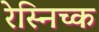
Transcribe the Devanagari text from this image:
रेस्निच्क